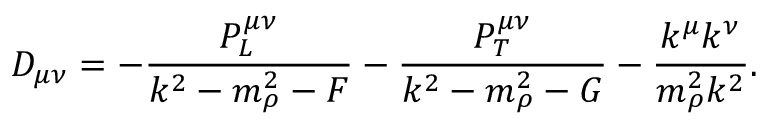
{ \cal D } _ { \mu \nu } = - { \frac { P _ { L } ^ { \mu \nu } } { k ^ { 2 } - m _ { \rho } ^ { 2 } - F } } - { \frac { P _ { T } ^ { \mu \nu } } { k ^ { 2 } - m _ { \rho } ^ { 2 } - G } } - { \frac { k ^ { \mu } k ^ { \nu } } { m _ { \rho } ^ { 2 } k ^ { 2 } } } .